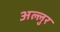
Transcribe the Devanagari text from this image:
अल्लुर